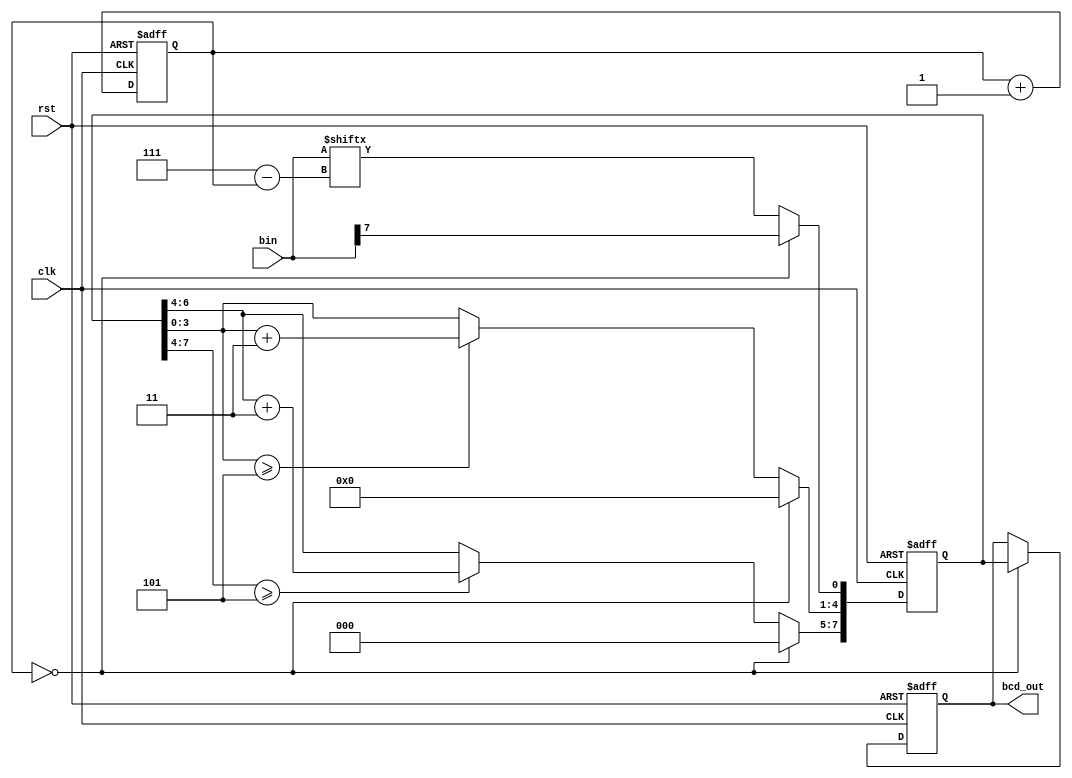
`timescale 1ns / 1ps
//////////////////////////////////////////////////////////////////////////////////
// Company: 
// Engineer: 
// 
// Design Name: 
// Module Name: bin_to_BCD
// Project Name: 
// Target Devices: 
// Tool Versions: 
// Description: 
// 
// Dependencies: 
// 
// Revision:
// Revision 0.01 - File Created
// Additional Comments:
// 
//////////////////////////////////////////////////////////////////////////////////


module bin_to_BCD(clk, rst, bin, bcd_out);

input clk, rst;
input [7:0] bin;
reg [7:0] bcd;
output reg [7:0] bcd_out;

reg [2:0] i;

always @(posedge clk or negedge rst) begin
    if(!rst) begin 
        bcd <= {4'd0, 4'd0};
        i <= 0;
    end
    else begin
        if(i == 0) begin
            bcd[7:1] <= 7'b0000_000;
            bcd[0] <= bin[7];
        end
        else begin
            bcd[7:5] <= (bcd[7:4] >= 3'd5) ? bcd[7:4] + 2'd3 : bcd[7:4];
            bcd[4:1] <= (bcd[3:0] >= 3'd5) ? bcd[3:0] + 2'd3 : bcd[3:0];
            bcd[0] <= bin[7-i];
        end
        i <= i + 1;
    end
end

always @(posedge clk or negedge rst) begin
    if (!rst) bcd_out <= {4'd0, 4'd0};
    else if(i == 0) bcd_out <= bcd;
end

endmodule